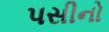
પસીનો